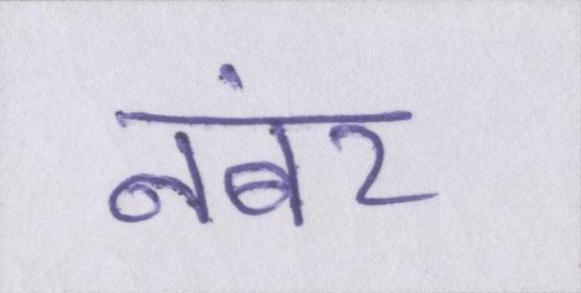
नंबर